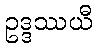
ဥဒ္ဒဿယီ